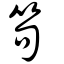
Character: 笱